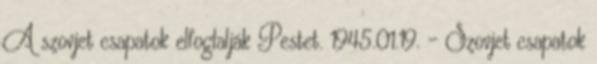
A szovjet csapatok elfoglalják Pestet. 1945.01.19. - Szovjet csapatok